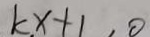
k x + 1 , 0